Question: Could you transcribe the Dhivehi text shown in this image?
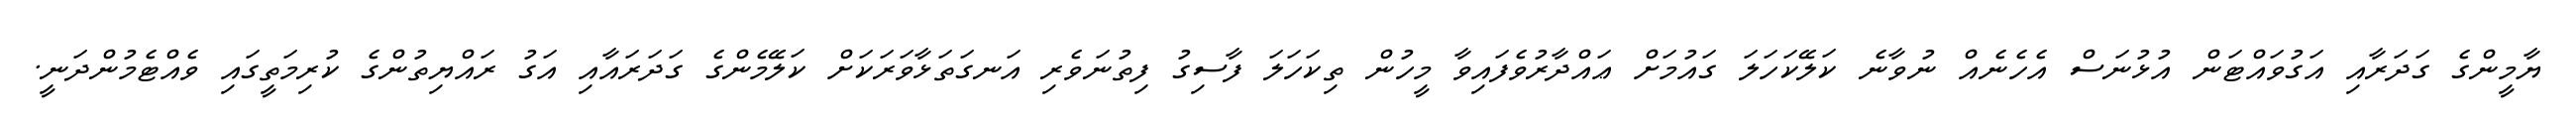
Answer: ޔާމީންގެ ގަދަރާއި އަގުވައްޓަން އުޅުނަސް އެހެނެއް ނުވާނެ ކަލޭކަހަލަ ގައުމަށް ޢައްދާރުވެފައިވާ މީހުން ތިކަހަލަ ފާސިގު ފިތުނަވެރި އަނގަތަޅާވަރަކަށް ކަލޭމެންގެ ގަދަރައާއި އަގު ރައްޔިތުންގެ ކުރިމަތީގައި ވެއްޓެމުންދަނީ.